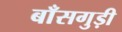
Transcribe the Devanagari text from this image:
बाँसगुड़ी